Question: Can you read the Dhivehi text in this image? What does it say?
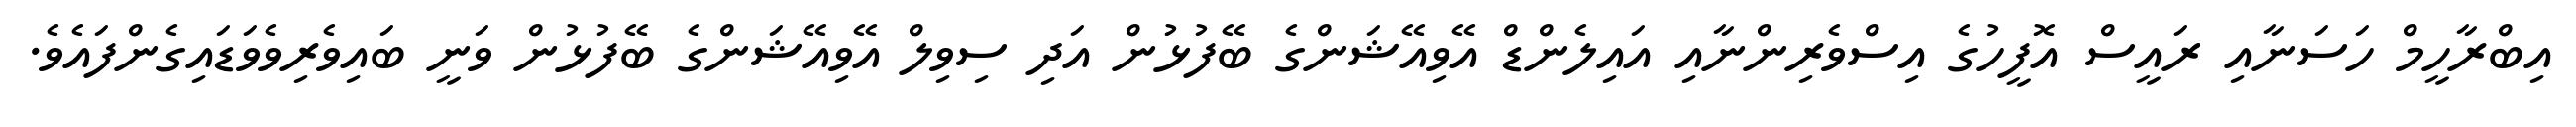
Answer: އިބްރާހީމް ހަސަނާއި ރައީސް އޮފީހުގެ އިސްވެރިންނާއި އައިލެންޑް އޭވިއޭޝަންގެ ބޭފުޅުން އަދި ސިވިލް އޭވިއޭޝަންގެ ބޭފުޅުން ވަނީ ބައިވެރިވެވަޑައިގެންފައެވެ.